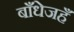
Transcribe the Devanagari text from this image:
बाँधेजहँ